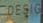
desig